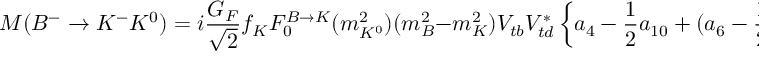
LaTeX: M ( B ^ { - } \to K ^ { - } K ^ { 0 } ) = i \frac { G _ { F } } { \sqrt { 2 } } f _ { K } F _ { 0 } ^ { B \to K } ( m _ { K ^ { 0 } } ^ { 2 } ) ( m _ { B } ^ { 2 } - m _ { K } ^ { 2 } ) V _ { t b } V _ { t d } ^ { * } \left\{ a _ { 4 } - \frac { 1 } { 2 } a _ { 1 0 } + ( a _ { 6 } - \frac { 1 } { 2 } a _ { 8 } ) R _ { 7 } \right\} ,